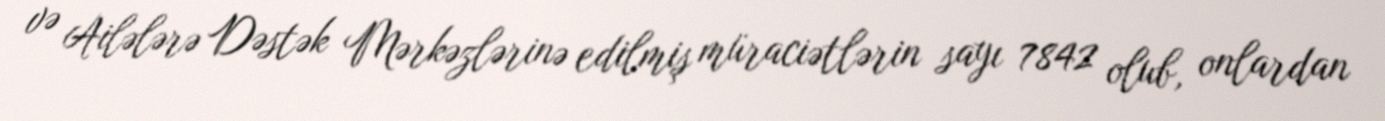
və Ailələrə Dəstək Mərkəzlərinə edilmiş müraciətlərin sayı 7842 olub, onlardan